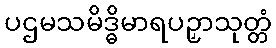
ပဌမသမိဒ္ဓိမာရပဉှာသုတ္တံ